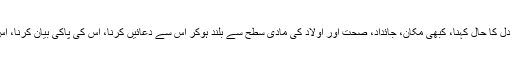
اسی طرح خدا سے باتیں کرنا، اس سے اپنے دل کا حال کہنا، کبھی مکان، جائداد، صحت اور اولاد کی مادی سطح سے بلند ہوکر اس سے دعائیں کرنا، اس کی پاکی بیان کرنا، اس کی حمد کرنا وغیرہ بھی اس کا حصہ ہے ۔